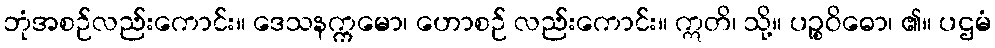
ဘုံအစဉ်လည်းကောင်း။ ဒေသနက္ကမော၊ ဟောစဉ် လည်းကောင်း။ ဣတိ၊ သို့။ ပဉ္စဝိဓော၊ ၏။ ပဌမံ